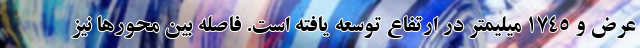
عرض و 1745 میلیمتر در ارتفاع توسعه یافته است. فاصله بین محورها نیز